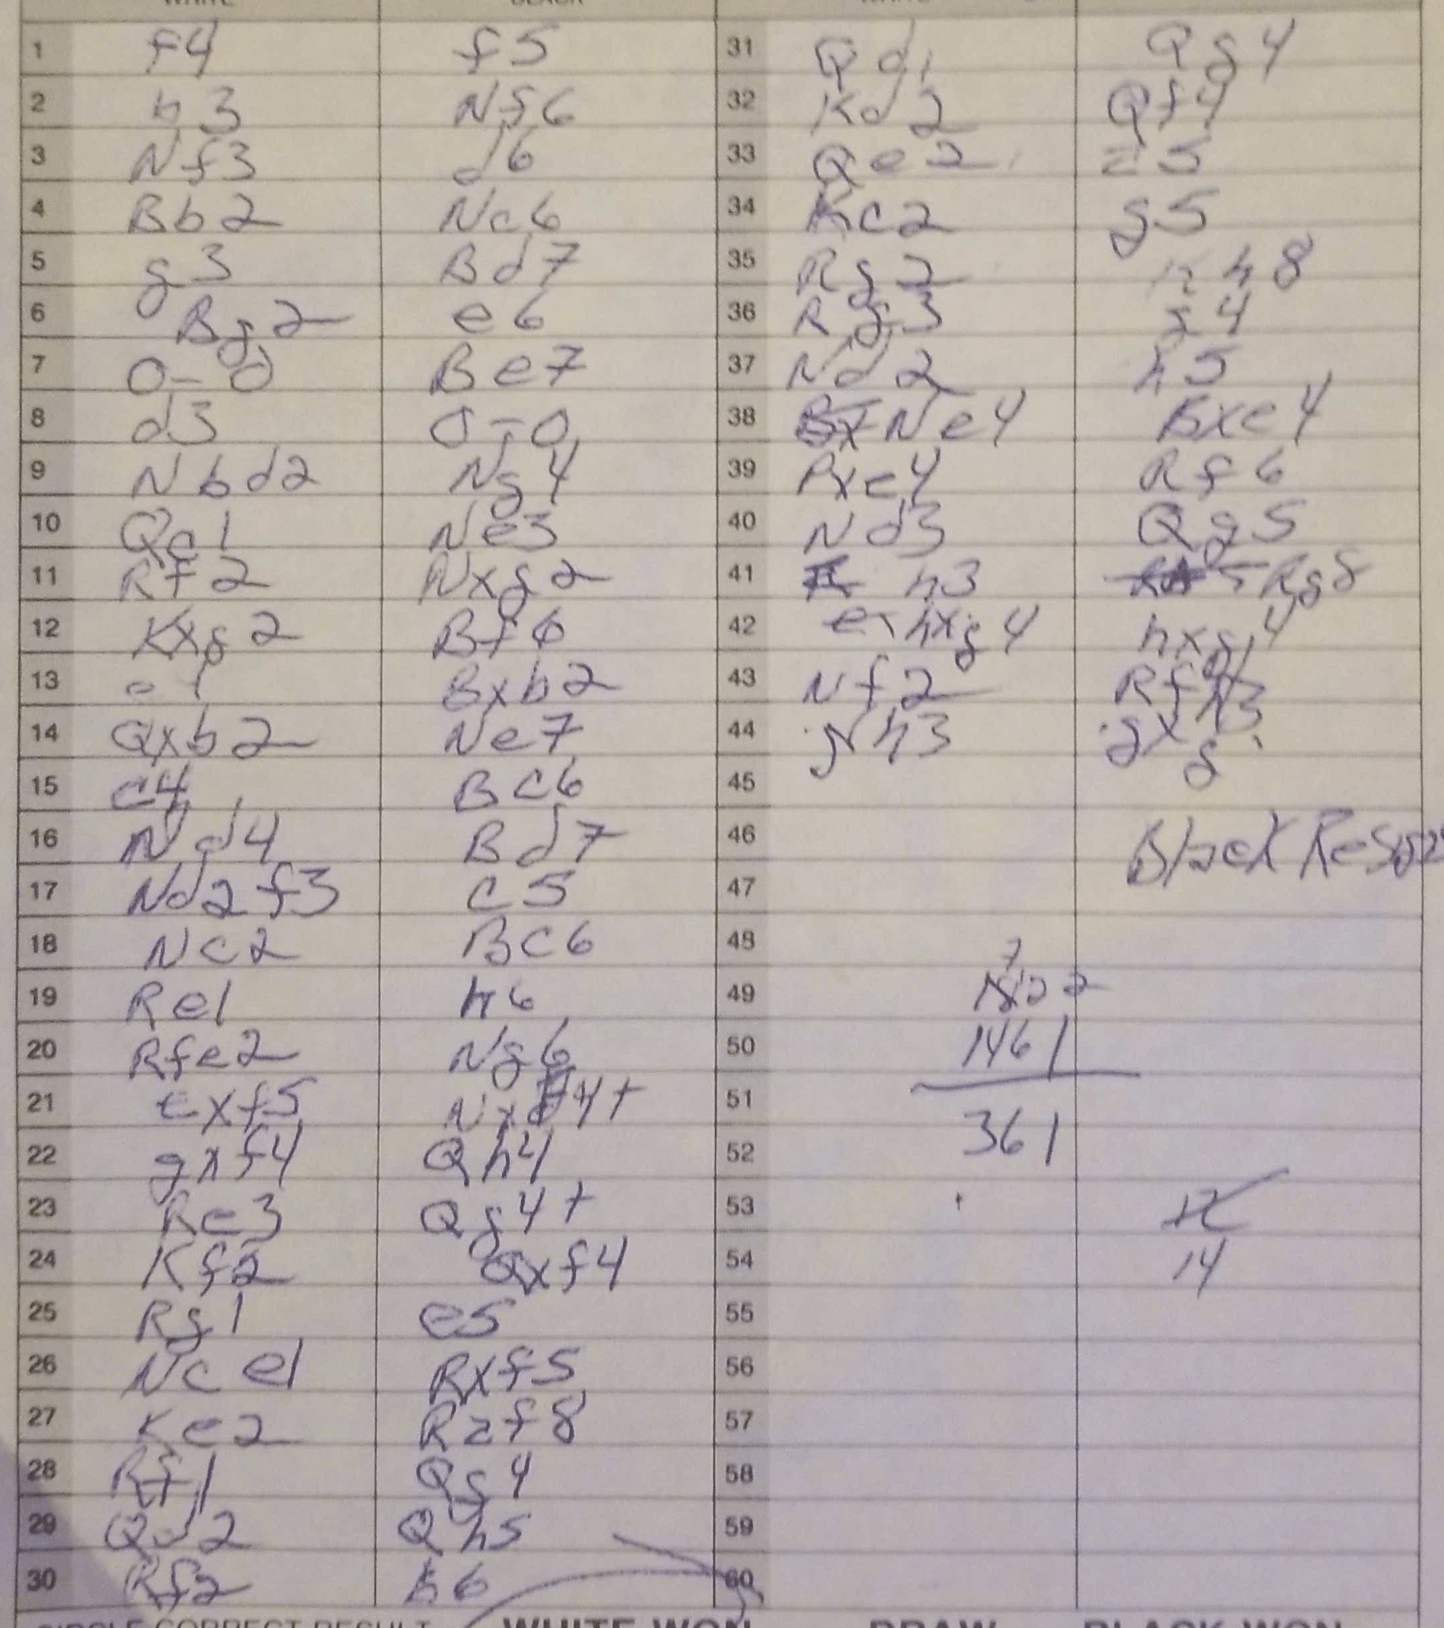
Moves: f4 f5 b3 Nf6 Nf3 d6 Bb2 Nc6 g3 Bd7 Bg2 e6 O-O Be7 d3 O-O Nbd2 Ng4 Qe1 Ne3 Rf2 Nxg2 Kxg2 Bf6 e4 Bxb2 Qxb2 Ne7 c4 Bc6 Nd4 Bd7 Nd2f3 c5 Nc2 Bc6 Re1 h6 Rfe2 Ng6 exf5 Nxf4+ gxf4 Qh4 Re3 Qg4+ Kf2 Qxf4 Rg1 e5 Nce1 Rxf5 Ke2 Raf8 Rf1 Qc4 Qd2 Qh5 Rf2 h6 Qd1 Qg4 Kd2 Qf4 Qe2 a5 Kc2 g5 Rg2 Kh8 Rf3 g4 Rd2 h5 Ne4 Bxe4 Pxe4 Rf6 Nd3 Qg5 h3 Rg8 hxg4 hxg4 Nf2 Rfh3 Nh3 dxh3